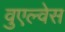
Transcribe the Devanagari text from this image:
वुएल्वेस